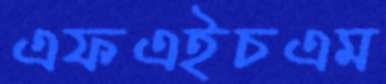
এফএইচএম